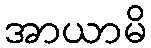
အာယာမိ